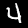
Label: 4